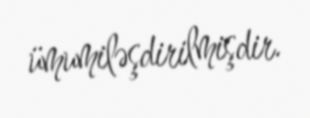
ümumiləşdirilmişdir.